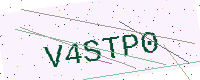
Text: V4STP0